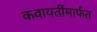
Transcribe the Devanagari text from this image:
कवायतींमार्फत